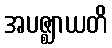
အပဇ္ဈာယတိ